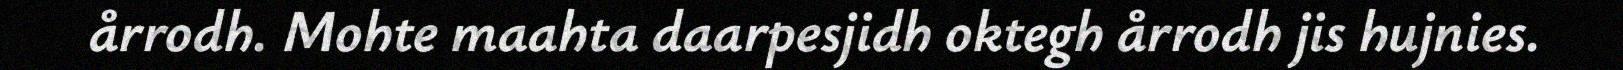
årrodh. Mohte maahta daarpesjidh oktegh årrodh jis hujnies.